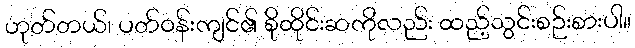
ဟုတ်တယ်၊ ပတ်ဝန်းကျင်၏ စိုထိုင်းဆကိုလည်း ထည့်သွင်းစဉ်းစားပါ။